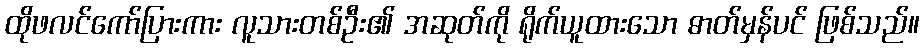
ထိုဖလင်ကော်ပြားကား လူသားတစ်ဦး၏ အဆုတ်ကို ရိုက်ယူထားသော ဓာတ်မှန်ပင် ဖြစ်သည်။